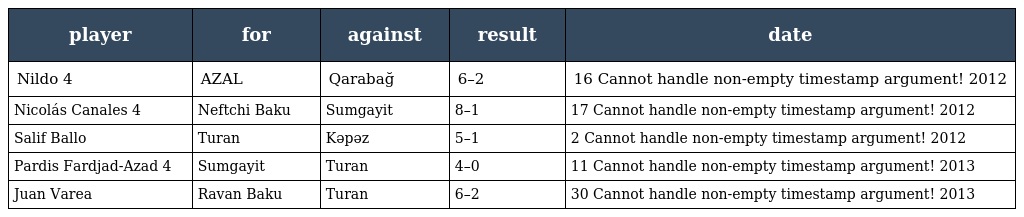
| player | for | against | result | date |
 | --- | --- | --- | --- | --- |
 | Nildo 4 | AZAL | Qarabağ | 6–2 | 16 Cannot handle non-empty timestamp argument! 2012 |
 | Nicolás Canales 4 | Neftchi Baku | Sumgayit | 8–1 | 17 Cannot handle non-empty timestamp argument! 2012 |
 | Salif Ballo | Turan | Kəpəz | 5–1 | 2 Cannot handle non-empty timestamp argument! 2012 |
 | Pardis Fardjad-Azad 4 | Sumgayit | Turan | 4–0 | 11 Cannot handle non-empty timestamp argument! 2013 |
 | Juan Varea | Ravan Baku | Turan | 6–2 | 30 Cannot handle non-empty timestamp argument! 2013 |